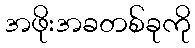
အဖိုးအခတစ်ခုကို